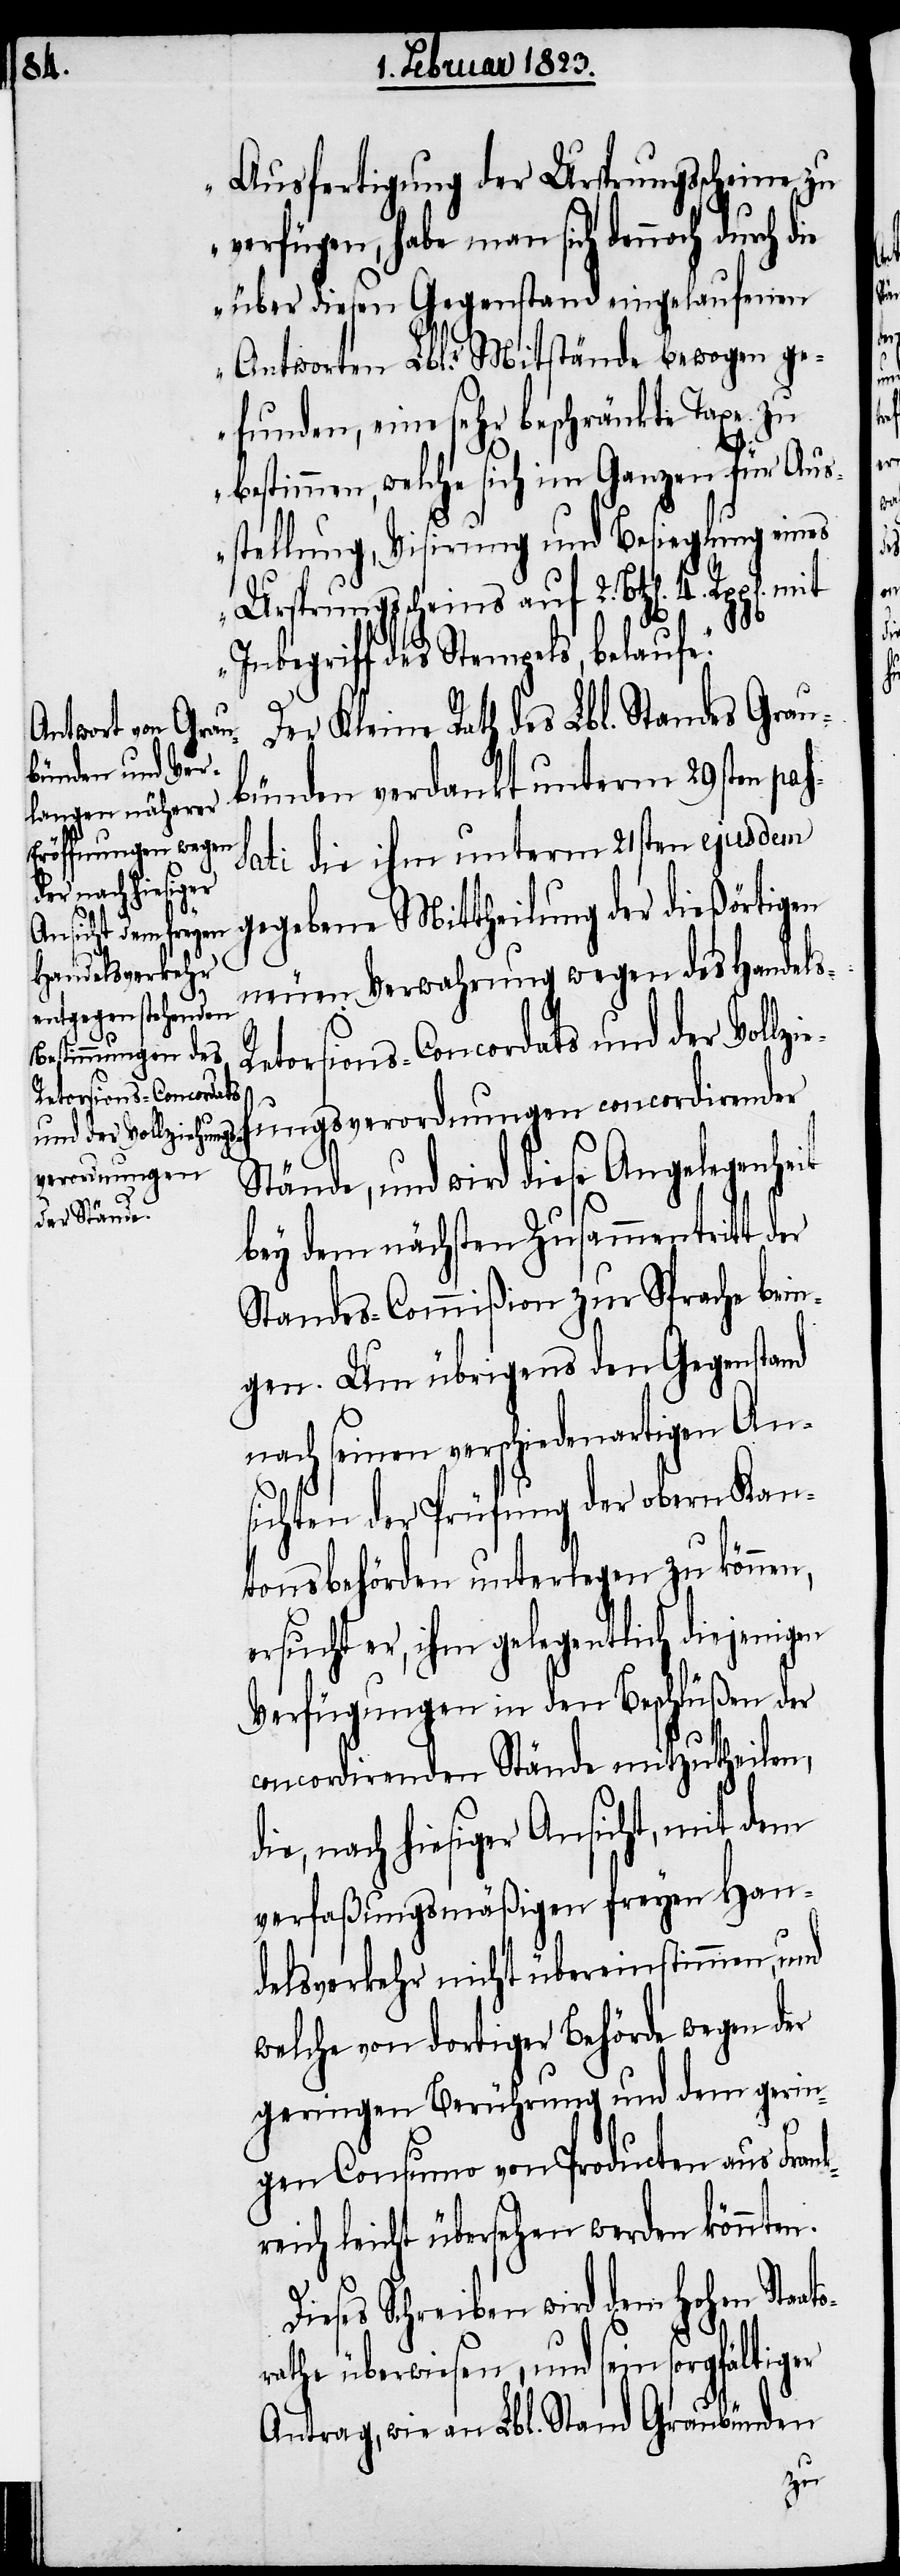
k¬

Ausfertigung der Ursprungsscheine zu
verfügen, habe man sich dennoch durch die
über diesen Gegenstand eingelaufenen
Antworten Lbl.r Mitstände bewogen ge¬
funden, eine sehr beschränkte Taxe zu
bestimmen, welche sich im Ganzen für Aus¬
stellung, Visirung und Besieglung eines
Ursprungsscheins auf 2. Btz[en].
s¬
Inbegriff des Stempels, belaufe.“
Der Kleine Rath des Lbl. Standes Grau¬
bünden verdankt unterm 29sten pas¬
sati die ihm unterm 21sten ejusdem
gegebene Mittheilung der dießörtigen
neuen Verwahrung wegen des Handels-R¬
etorsions-Concordats
ungsverordnungen concordirender
und der Vollzieh¬
Stände, und wird diese Angelegenheit
bey dem nächsten Zusammentritt der
Standes-Commißion zur Sprache brin¬
gen. Um übrigens den Gegenstand
nach seinen verschiedenartigen An¬
sichten der Prüfung der obern Kan¬
tonsbehörden unterlegen zu können,
ersucht er, ihm gelegentlich diejenigen
Verfügungen in den Beschlüßen der
concordirenden Stände mitzutheilen,
ie, nach hiesiger Ansicht, mit dem
verfaßungsmäßigen freyen Han¬
delsverkehr nicht übereinstimmen, und
welche von dortiger Behörde wegen der
geringen Berührung und dem gerin¬
gen Consumo von Producten aus Fran¬
reich leicht übersehen werden könnten.
Dieses Schreiben wird dem Hohen Staat¬
rathe überwiesen, und sein sorgfältiger
Antrag, wie an Lbl. Stand Graubünden